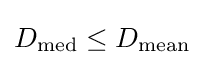
D_{\text{med}}\leq D_{\text{mean}}